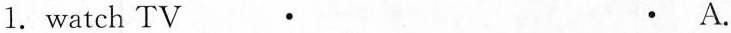
1. watch TV· · A.